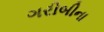
ગરીબીના